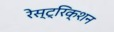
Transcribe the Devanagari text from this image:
रेस्ट्रिक्शन